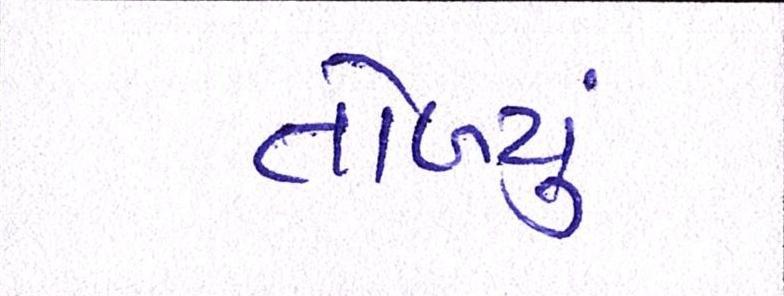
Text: તોળ્યું